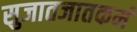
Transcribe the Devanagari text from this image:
सुजातजातकर्म